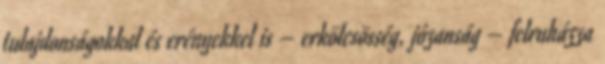
tulajdonságokkal és erényekkel is – erkölcsösség, józanság – felruházza